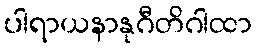
ပါရာယနာနုဂီတိဂါထာ